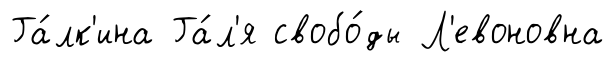
Га́лк'ина Га́л'я свобо́ды Л'евоновна